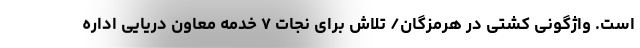
است. واژگونی کشتی در هرمزگان/ تلاش برای نجات ۷ خدمه معاون دریایی اداره